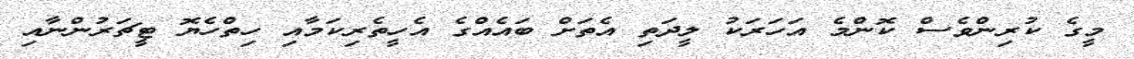
މީގެ ކުރިންވެސް ކޮންމެ އަހަރަކު ލީދަތި އެތަށް ބައެއްގެ އެހީތެރިކަމާއި ހިތްހެޔޮ ޓީޗަރުންނާއި